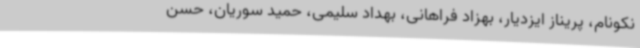
نکونام، پریناز ایزدیار، بهزاد فراهانی، بهداد سلیمی، حمید سوریان، حسن